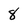
Character: 8